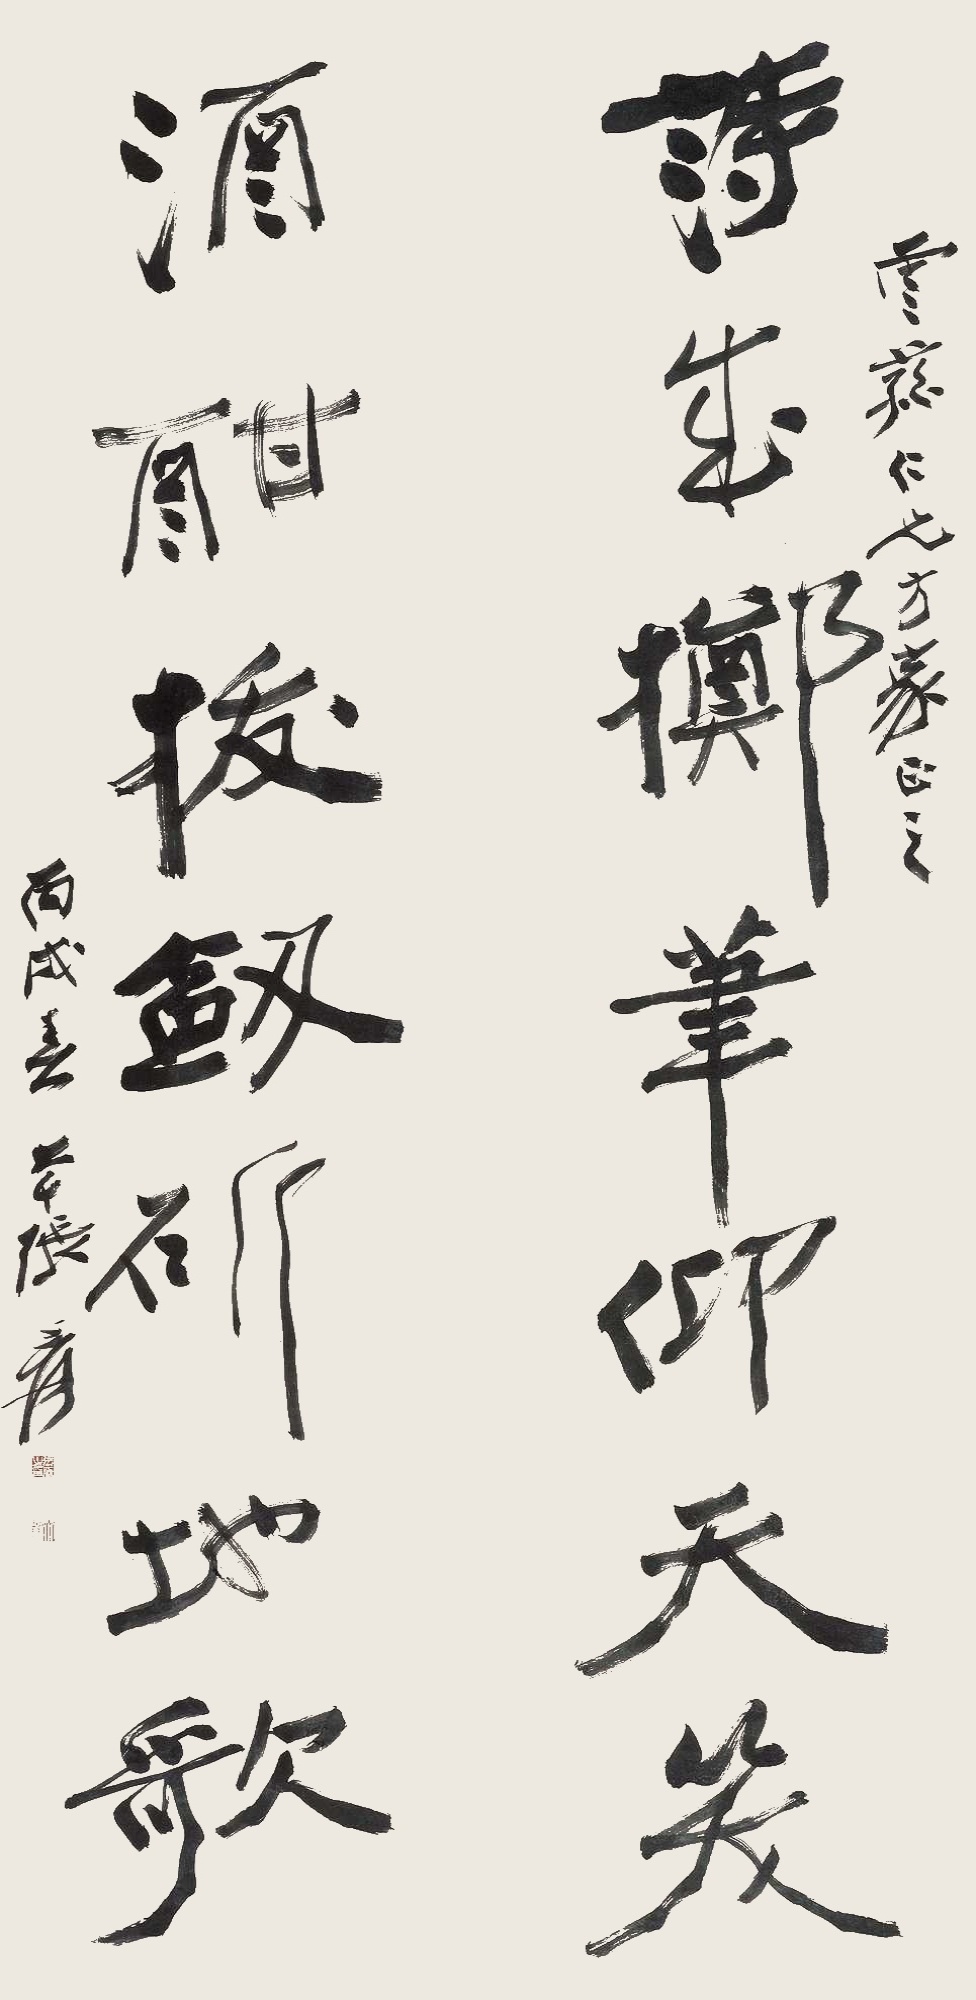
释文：诗成掷笔仰天笑，酒酣拔剑斫地歌。云荪仁兄方家正之。丙戌春，大千张爰。